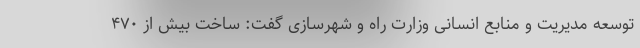
توسعه مدیریت و منابع انسانی وزارت راه و شهرسازی گفت: ساخت بیش از ۴۷۰